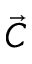
\vec { C }